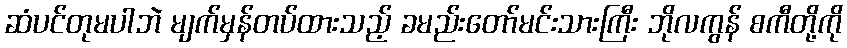
ဆံပင်တုမပါဘဲ မျက်မှန်တပ်ထားသည့် ခမည်းတော်မင်းသားကြီး ဘိုလကွန် စကီတို့ကို